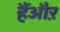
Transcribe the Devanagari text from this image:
हैंऔऱ